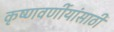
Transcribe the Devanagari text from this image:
कृष्णवर्णीयांसाठी